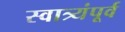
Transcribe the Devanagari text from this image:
स्वात्र्यंपूर्व